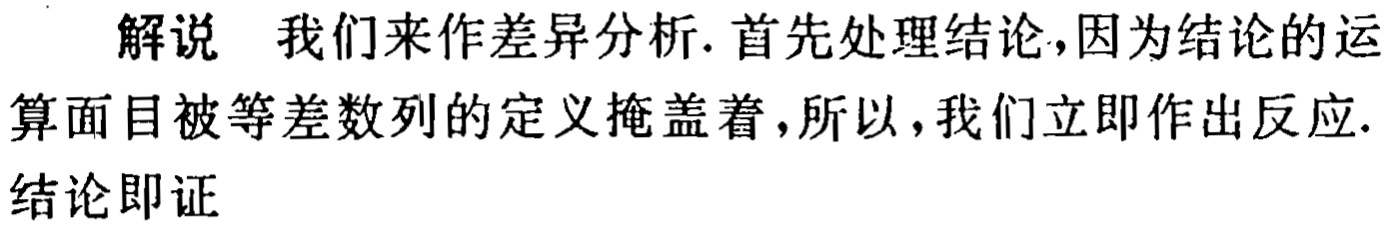
解说 我们来作差异分析. 首先处理结论,因为结论的运算面目被等差数列的定义掩盖着,所以, 我们立即作出反应.结论即证